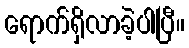
ရောက်ရှိလာခဲ့ပါပြီ။